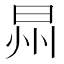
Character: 𣌮